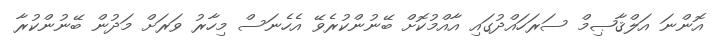
އޮންނަ އަލްޤާޞިމް ސަރަހައްދުގައި އާއްމުކޮށް ބޭނުންކުރެވޭ އެހެނަސް މިހާރު ވަރަށް މަދުން ބޭނުންކުރާ